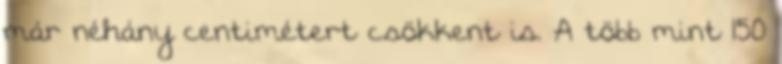
már néhány centimétert csökkent is. A több mint 150